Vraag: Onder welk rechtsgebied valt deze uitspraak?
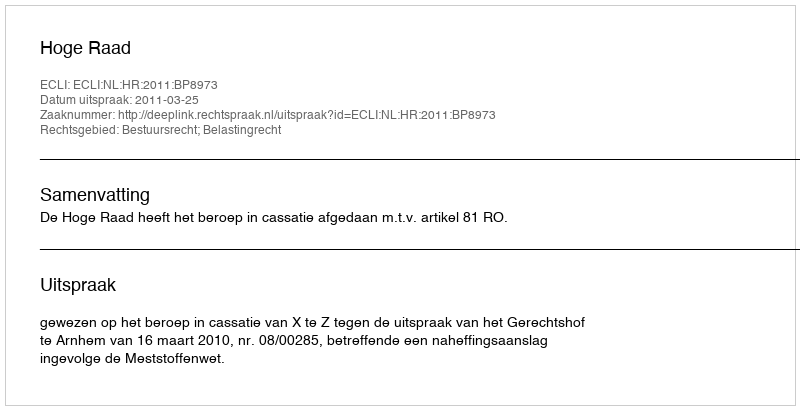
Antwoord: Bestuursrecht; Belastingrecht